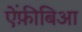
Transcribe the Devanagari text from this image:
ऐंफ़ीबिआ